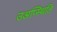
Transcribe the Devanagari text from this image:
उअप्स्थिति